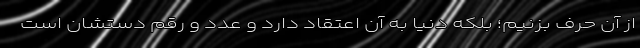
از آن حرف بزنیم؛ بلکه دنیا به آن اعتقاد دارد و عدد و رقم دستشان است